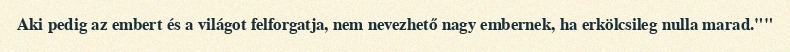
Aki pedig az embert és a világot felforgatja, nem nevezhető nagy embernek, ha erkölcsileg nulla marad.""